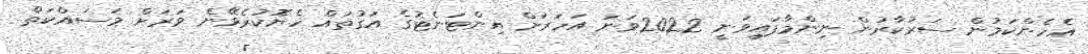
އެހެންކަމުން ސަރުކާރުން ނިންމާފައިވަނީ 2022ވަނަ އަހަރަށް އިންޓަނެޓުގެ އަގުތައް ހެޔޮކުރެވޭނެ ވަރަށް މަސައްކަތް